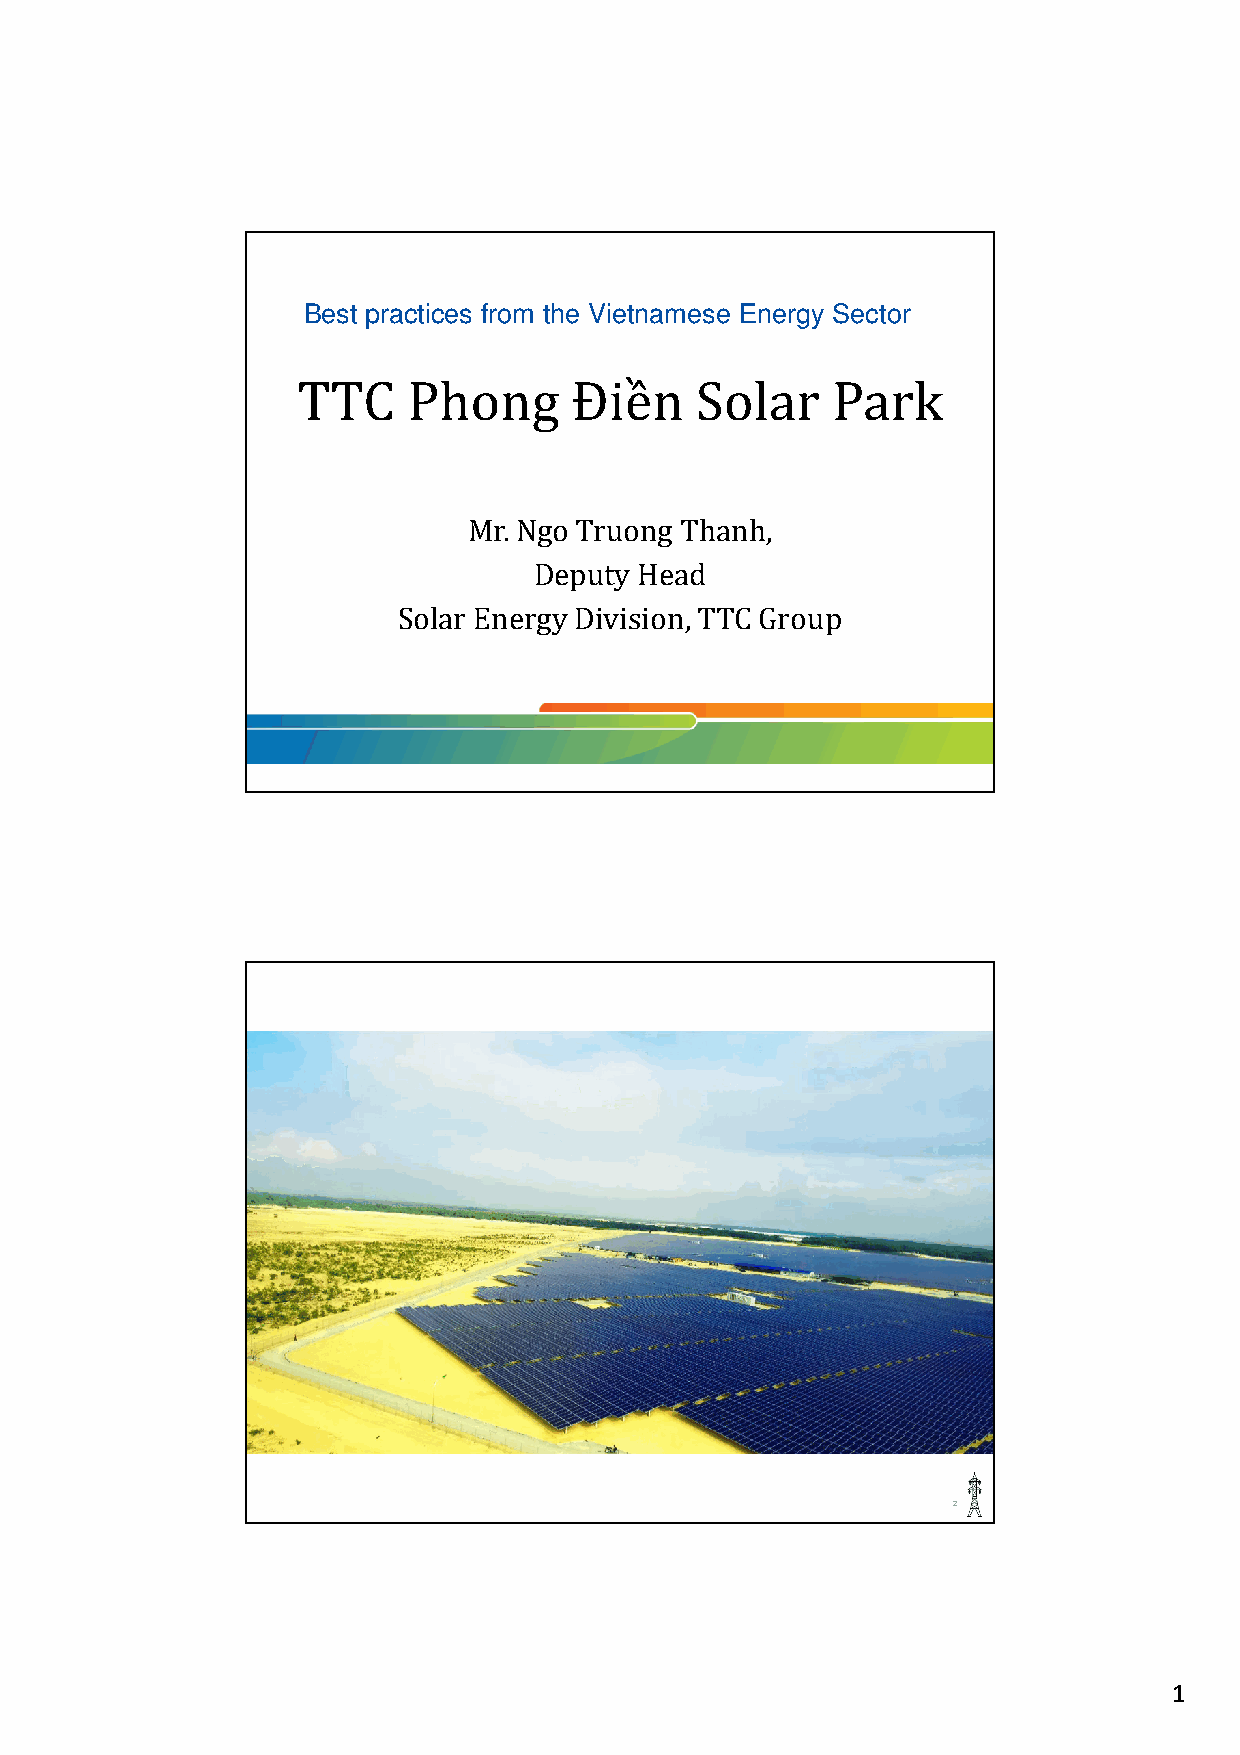
Best practices from the Vietnamese Energy Sector
 TTC    Phong      Điền    Solar    Park
 Mr. Ngo Truong Thanh,
 Deputy Head
 Solar Energy Division, TTC Group
 2
 1